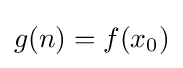
g(n)=f(x_{0})